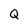
Character: Q